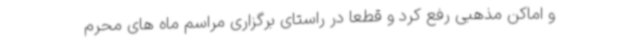
و اماکن مذهبی رفع کرد و قطعا در راستای برگزاری مراسم ماه های محرم